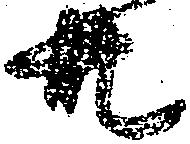
共